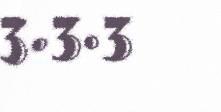
3.3.3